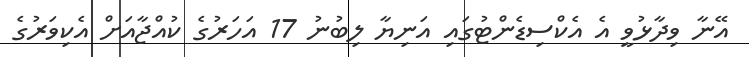
އޭނާ ވިދާޅުވީ އެ އެކްސިޑެންޓުގައި އަނިޔާ ލިބުނު 17 އަހަރުގެ ކުއްޖާއަށް އެކިވަރުގެ